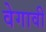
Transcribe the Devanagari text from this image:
वेगावी